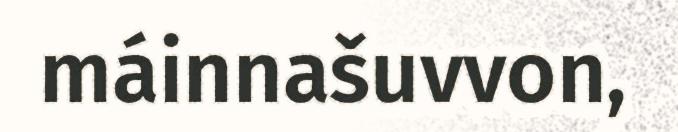
máinnašuvvon,